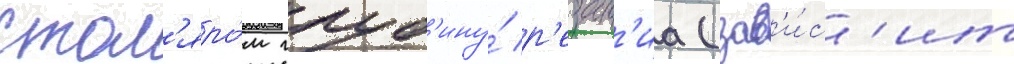
стол'яро́м глуб'ину́ р'езан'иа (зав'и́с'ит